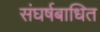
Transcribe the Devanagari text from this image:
संघर्षबाधित